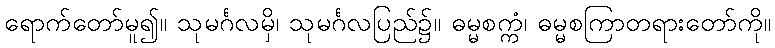
ရောက်တော်မူ၍။ သုမင်္ဂလမှိ၊ သုမင်္ဂလပြည်၌။ ဓမ္မစက္ကံ၊ ဓမ္မစကြာတရားတော်ကို။